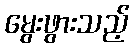
မွေးဖွားသည့်